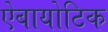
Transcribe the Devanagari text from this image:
ऐबायोटिक